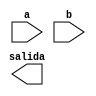
module Prueba(
    input a,
    input b,
	 output salida
    );




endmodule